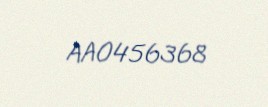
AA0456368